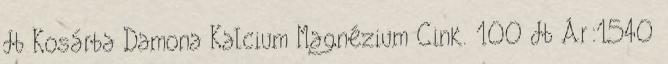
db Kosárba Damona Kalcium Magnézium Cink. 100 db Ár:1540